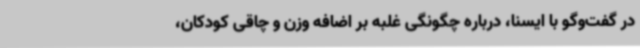
در گفت‌وگو با ایسنا، درباره چگونگی غلبه بر اضافه وزن و چاقی کودکان،